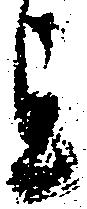
を